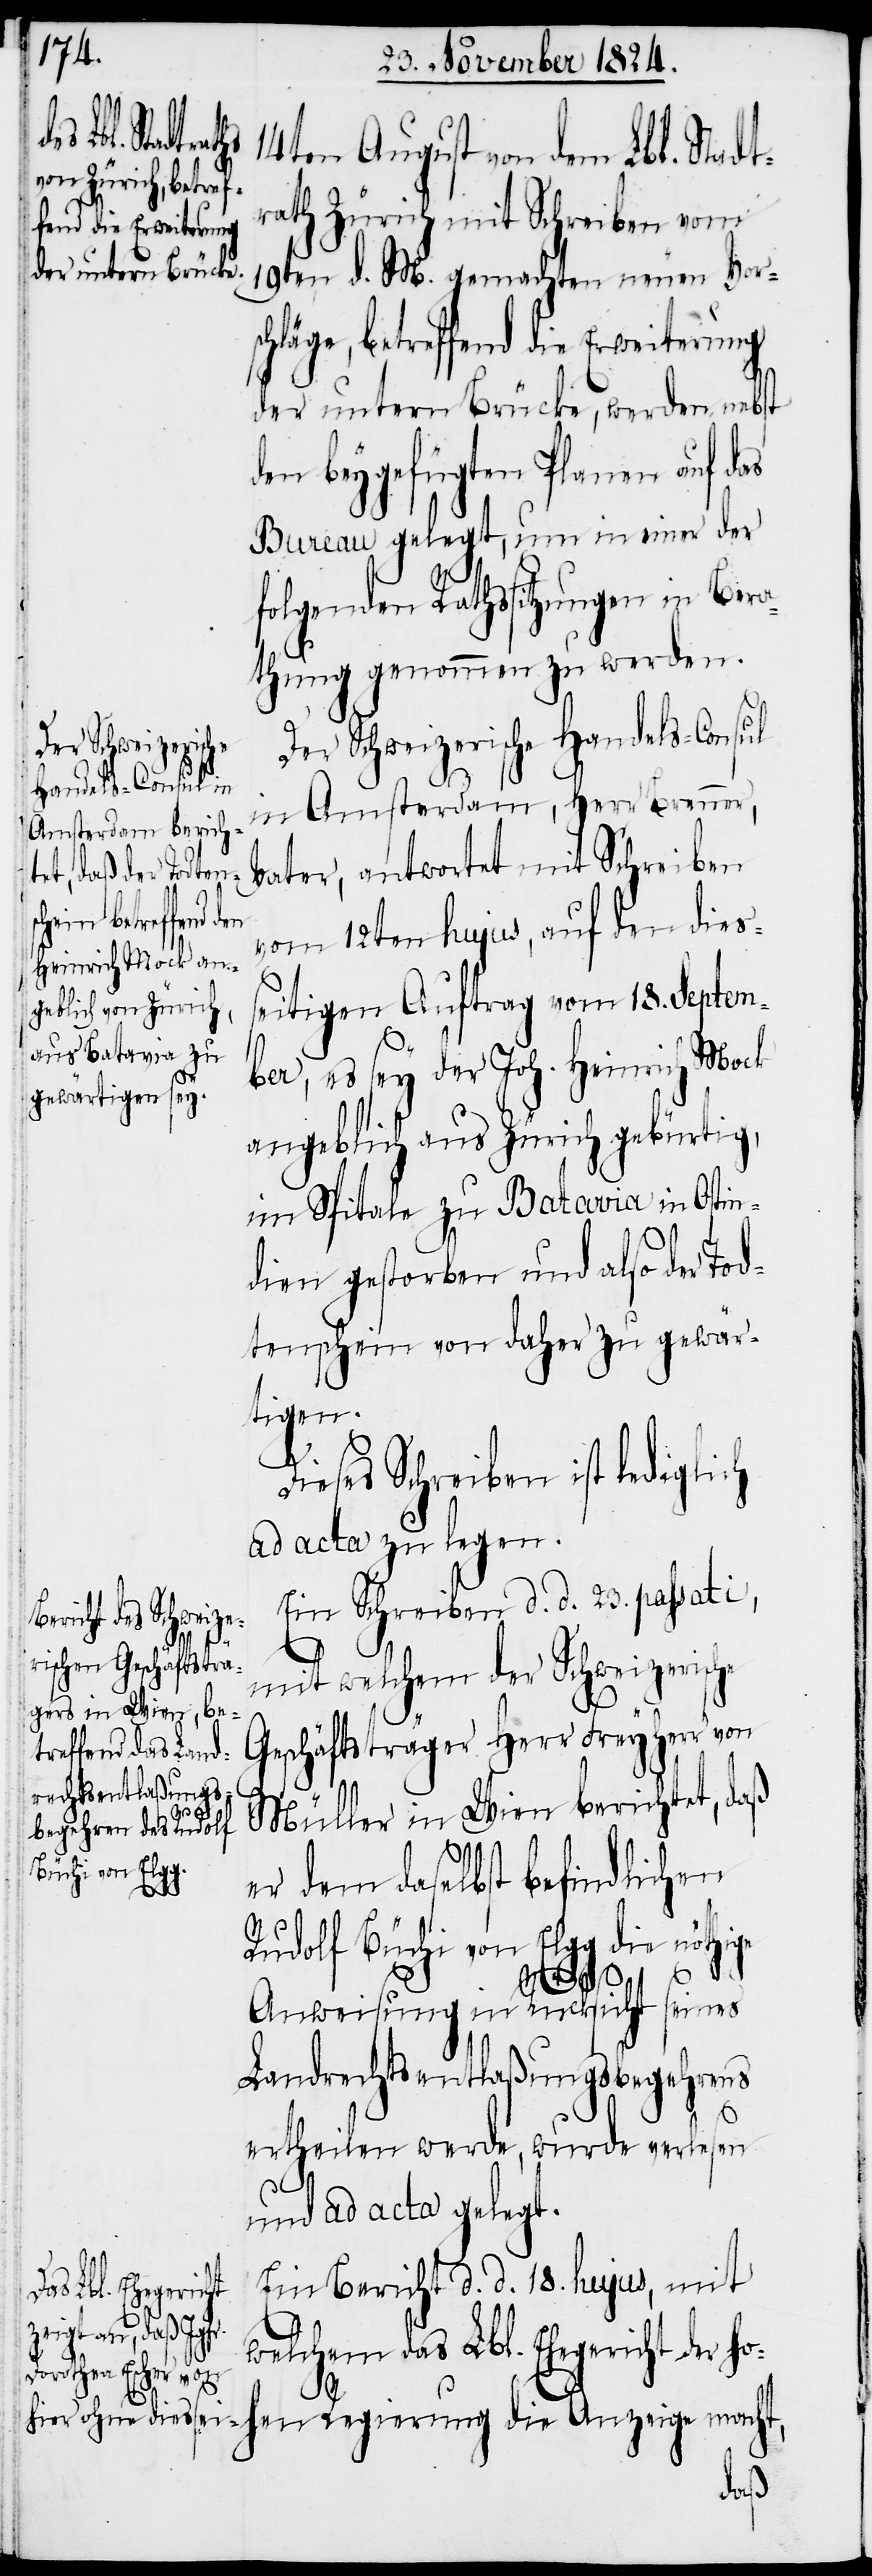
die Anzeige
14ten August von dem Lbl. Stadt¬
rath Zürich mit Schreiben vom
19ten d. M. gemachten neuen Vor¬
schläge, betreffend die Erweiterung
der untern Brücke, werden nebst
den beygefügten Planen auf das
Bureau gelegt, um in einer der
folgenden Rathssitzungen in Bera¬
thung genommen zu werden.
Der Schweizerische Handels-Consul
in Amsterdam, Herr Brenner,
Vater, antwortet mit Schreiben
ohen Regierung
vom 12ten hujus, auf den dies¬
seitigen Auftrag von 18. Septem¬
ber, es sey der Joh. Heinrich Mock
angeblich aus Zürich gebürtig,
im Spitale zu Batavia in Ostin¬
dien gestorben und also der Tod¬
tenschein von daher zu gewär¬
tigen.
Dieses Schreiben ist lediglich
ad acta zu legen.
Ein Schreiben d. d. 23. passati,
mit welchem der Schweizerische
Geschäftsträger Herr Freyherr von
Müller in Wien berichtet, daß
er dem daselbst befindlichen
Rudolf Büchi von Elgg die nöthige
macht,
Anweisung in Rücksicht seines
Landrechtentlaßungsbegehrens
ertheilen werde, wurde verlesen
und ad acta gelegt.
Ein Bericht d. d. 18. hujus, mit
welchem das Lbl. Ehegericht der h¬